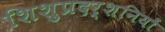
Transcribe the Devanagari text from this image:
शिशुप्रदर्शनियों